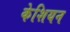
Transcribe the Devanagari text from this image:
केशियन